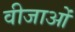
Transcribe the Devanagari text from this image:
वीजाओं